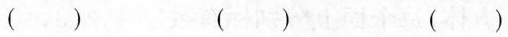
() () ()